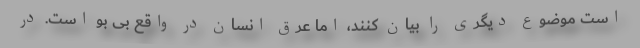
است موضوع دیگری را بیان کنند، اما عرق انسان در واقع بی بو است. در